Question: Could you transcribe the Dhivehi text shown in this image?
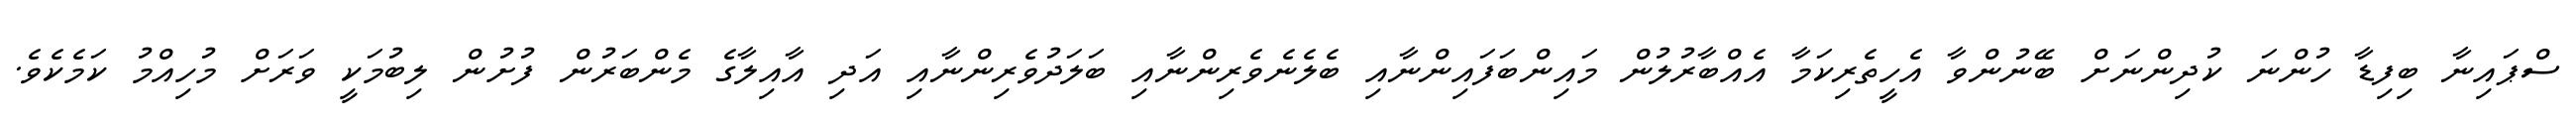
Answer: ސްޕައިނާ ބިފިޑާ ހުންނަ ކުދިންނަށް ބޭނުންވާ އެހީތެރިކަމާ އެއްބާރުލުން މައިންބަފައިންނާއި ބެލެނެވެރިންނާއި ބަލަދުވެރިންނާއި އަދި އާއިލާގެ މެންބަރުން ފުށުން ލިބުމަކީ ވަރަށް މުހިއްމު ކަމެކެވެ.